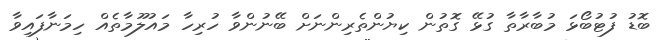
ބޮޑު ފުޓުބޯޅަ މުބާރާތާ ގުޅޭ ގޮތުން ކިޔުންތެރިންނަށް ބޭނުންވާ ހުރިހާ މައުލޫމާތެއް ހިމަނާފައިވާ